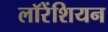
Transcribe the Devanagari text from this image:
लॉरेंशियन